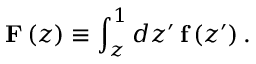
\mathbf { F } \left( z \right) \equiv \int _ { z } ^ { 1 } d z ^ { \prime } \, \mathbf { f } \left( z ^ { \prime } \right) .